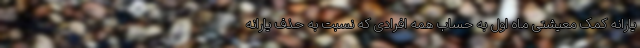
یارانه کمک‌ معیشتی ماه اول به حساب همه افرادی که نسبت به حذف یارانه